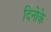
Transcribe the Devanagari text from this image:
दिनोके